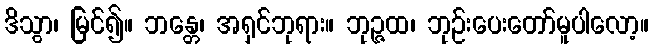
ဒိသွာ၊ မြင်၍။ ဘန္တေ၊ အရှင်ဘုရား။ ဘုဉ္ဇထ၊ ဘုဉ်းပေးတော်မူပါလော့။